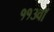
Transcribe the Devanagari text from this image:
११३वॉ